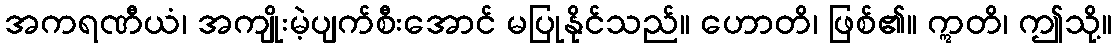
အကရဏီယံ၊ အကျိုးမဲ့ပျက်စီးအောင် မပြုနိုင်သည်။ ဟောတိ၊ ဖြစ်၏။ ဣတိ၊ ဤသို့။